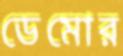
ডেমোর